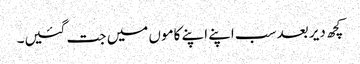
کچھ دیر بعد سب اپنے اپنے کاموں میں جت گئیں۔